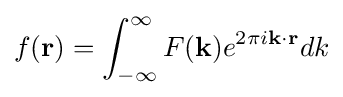
f({\textbf {r}})=\int _{-\infty }^{\infty }F({\textbf {k}})e^{2\pi i{\textbf {k}}\cdot {\textbf {r}}}dk